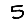
Digit: 5